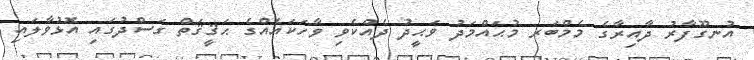
އުނގޫފާރު ދާއިރާގެ މެމްބަރ މުޙައްމަދު ވަޙީދު ދެއްކެވި ވާހަކައެއްގެ ޙަޤީޤަތް ގަސްދުގައި އޮޅުވާލައި